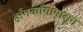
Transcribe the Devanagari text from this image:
हाँगकाँगापासून